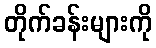
တိုက်ခန်းများကို